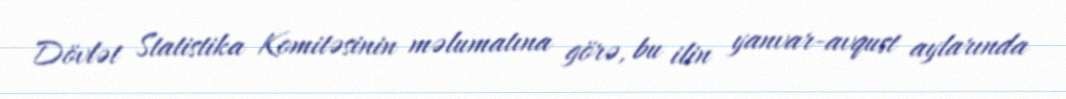
Dövlət Statistika Komitəsinin məlumatına görə, bu ilin yanvar-avqust aylarında